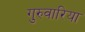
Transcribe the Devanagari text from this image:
गुरुवारिया